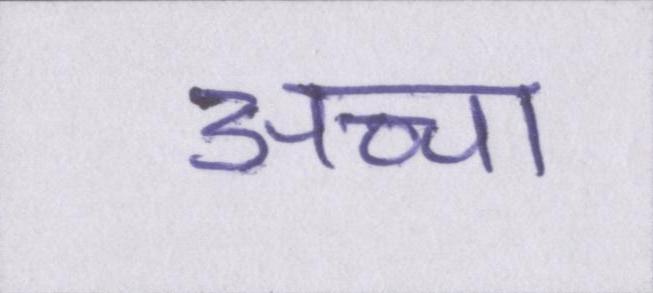
अच्चा